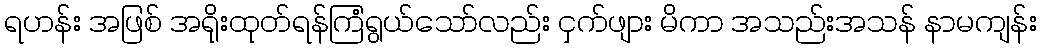
ရဟန်း အဖြစ် အရိုးထုတ်ရန်ကြံရွယ်သော်လည်း ငှက်ဖျား မိကာ အသည်းအသန် နာမကျန်း